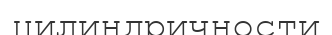
цилиндричности